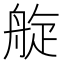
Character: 𦩂